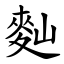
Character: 䴮